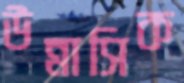
উন্নাসিক